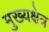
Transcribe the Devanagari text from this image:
मुख्यक्षेत्र